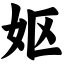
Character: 妪